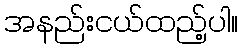
အနည်းငယ်ထည့်ပါ။